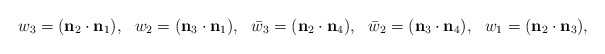
\begin{align*}w_3=({\bf n}_2 \cdot {\bf n}_1),~~w_2=({\bf n}_3 \cdot {\bf n}_1),~~\bar{w}_3=({\bf n}_2 \cdot {\bf n}_4),~~\bar{w}_2=({\bf n}_3 \cdot {\bf n}_4),~~w_1=({\bf n}_2 \cdot {\bf n}_3),\end{align*}